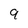
Character: 9